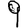
Digit: 9